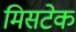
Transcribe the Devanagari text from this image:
मिसटेक